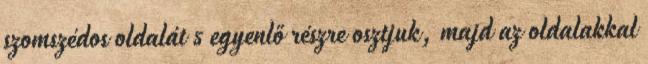
szomszédos oldalát 5 egyenlő részre osztjuk, majd az oldalakkal